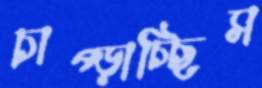
চাপ্‌ড়াচ্ছিস